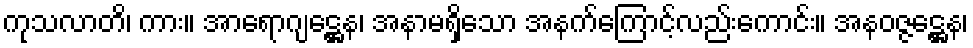
ကုသလာတိ၊ ကား။ အာရောဂျဋ္ဌေန၊ အနာမရှိသော အနက်ကြောင့်လည်းကောင်း။ အနဝဇ္ဇဋ္ဌေန၊